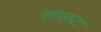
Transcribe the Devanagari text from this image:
ललट